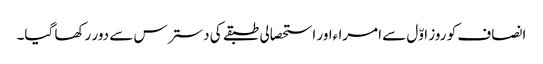
انصاف کو روز اوّل سے امرا ءاور استحصالی طبقے کی دسترس سے دور رکھا گیا۔